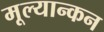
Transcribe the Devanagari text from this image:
मूल्यान्कन